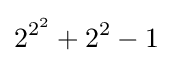
2^{2^{2}}+2^{2}-1